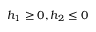
h _ { 1 } \geq 0 , h _ { 2 } \leq 0